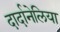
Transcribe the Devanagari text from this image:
दार्दानेलिया